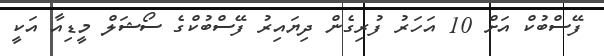
ފޭސްބުކް އަށް 10 އަހަރު ފުރިގެން ދިޔައިރު ފޭސްބުކްގެ ސޯޝަލް މީޑިއާ އަކީ